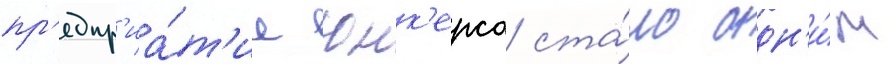
пр'едпр'иа́т'ие юнк'ерса ста́ло одн'и́м